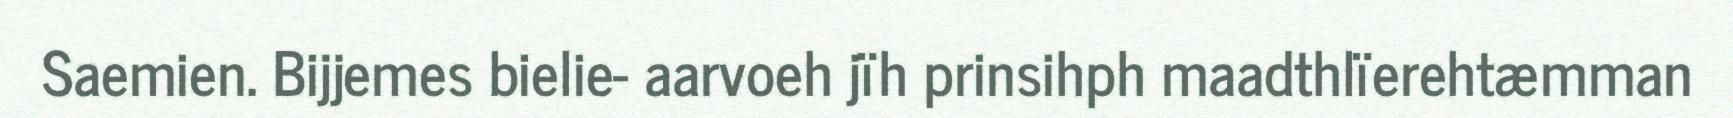
Saemien. Bijjemes bielie- aarvoeh jïh prinsihph maadthlïerehtæmman